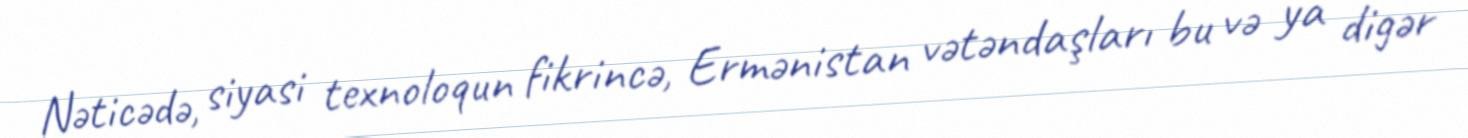
Nəticədə, siyasi texnoloqun fikrincə, Ermənistan vətəndaşları bu və ya digər